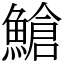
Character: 䱽